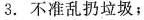
3. 不准乱扔垃圾；